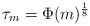
\begin{align*}\tau_{m} = \Phi(m)^{\frac{1}{8}}\end{align*}